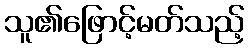
သူ၏ဖြောင့်မတ်သည့်